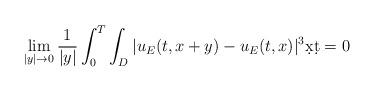
LaTeX: \begin{align*} \lim_{|y|\to 0} \frac{1}{|y|}\int_{0}^{T}\int_{D}|u_E(t,x+y)-u_E(t,x)|^3\d x\d t=0\end{align*}